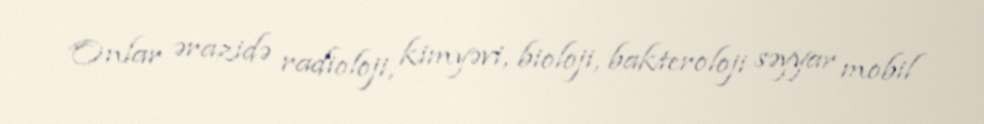
Onlar ərazidə radioloji, kimyəvi, bioloji, bakteroloji səyyar mobil